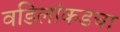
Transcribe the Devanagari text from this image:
वडिलांकडचा